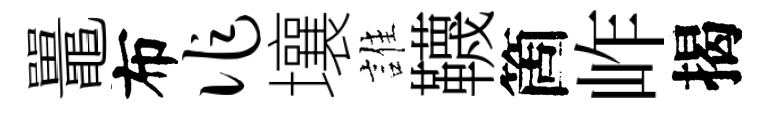
鼉布作壤誰韈箇岞揭